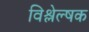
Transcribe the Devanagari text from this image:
विश्लेल्षक